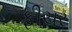
ફીચર